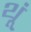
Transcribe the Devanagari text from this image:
थूं